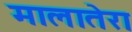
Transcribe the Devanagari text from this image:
मालातेरा